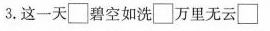
3.这一天\Box碧空如洗\Box万里无云\Box